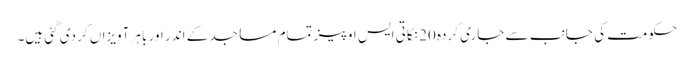
حکومت کی جانب سے جاری کردہ 20 نکاتی ایس او پیز تمام مساجد کے اندر اور باہر آویزاں کر دی گئی ہیں۔